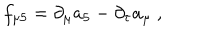
f _ { \mu 5 } = \partial _ { \mu } a _ { 5 } - \partial _ { \tau } a _ { \mu } \ ,